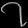
Digit: ၇